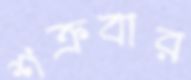
শক্রবার